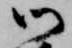
御